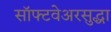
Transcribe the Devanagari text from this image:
सॉफ्टवेअरसुद्धा